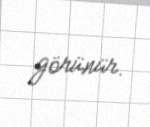
görünür.